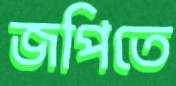
জপিতে